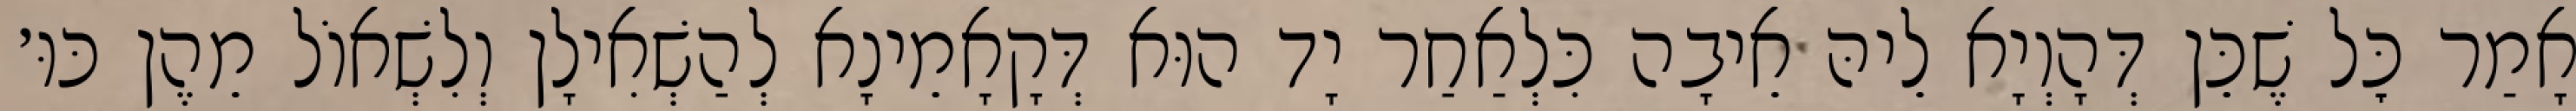
אָמַר כׇּל שֶׁכֵּן דְּהָוְיָא לֵיהּ אֵיבָה כִּלְאַחַר יָד הוּא דְּקָאָמֵינָא לְהַשְׁאִילָן וְלִשְׁאוֹל מֵהֶן כּוּ׳